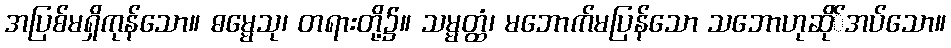
အပြစ်မရှိကုန်သော။ ဓမ္မေသု၊ တရားတို့၌။ သမ္မတ္ထံ၊ မဘောက်မပြန်သော သဘောဟုဆို်အပ်သော။